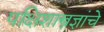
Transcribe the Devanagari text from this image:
पक्षिशास्त्रज्ञांचे